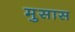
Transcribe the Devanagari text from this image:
मुसास